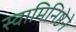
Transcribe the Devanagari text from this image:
स्वामिनिष्ठेने